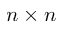
n \times n